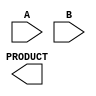
module dadda_multiplier #(parameter N = 4) (
    input [N-1:0] A,
    input [N-1:0] B,
    output reg [2*N-1:0] PRODUCT
);

    // Partial Product Generation
    wire [N-1:0] pp [0:N-1];
    generate
        genvar i, j;
        for (i = 0; i < N; i = i + 1) begin : pp_gen
            for (j = 0; j < N; j = j + 1) begin : pp_and
                assign pp[i][j] = A[i] & B[j]; // AND operation for partial products
            end
        end
    endgenerate

    // Reduction Tree
    wire [N-1:0] sum [0:N-2]; // Intermediate sums
    wire [N-1:0] carry [0:N-2]; // Carry bits
    wire [N:0] carry_out;

    // Stage 1: Combine using Full Adders and Half Adders
    // Level 0 (Directly combine first few partial products)
    genvar k;
    for (k = 0; k < N; k = k + 1) begin : reduction_stage_1
        if (k == 0) begin
            assign sum[k] = pp[k]; // first partial product
            assign carry[k] = 0; // no carry-in for first
        end else begin
            assign {carry[k], sum[k]} = pp[k] + carry[k-1] + sum[k-1];
        end
    end

    // Stage 2 and further: Continue reducing until only two products remain
    // For simplicity, here we will just use the last couple of outputs
    wire [N-1:0] final_sum;
    wire [N-1:0] final_carry;

    assign {final_carry, final_sum} = sum[N-2] + sum[N-1];

    // Final Product Output
    always @(*) begin
        PRODUCT = {final_carry, final_sum}; // Combine to form the complete product
    end

endmodule